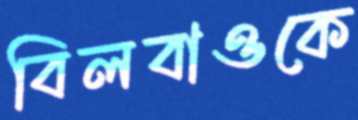
বিলবাওকে